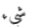
شيء